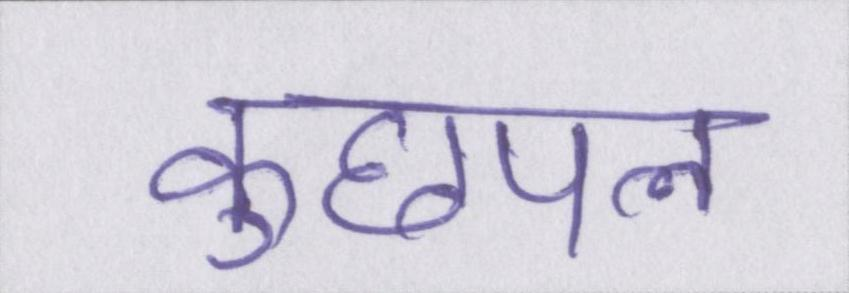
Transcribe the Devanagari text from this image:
कुछपल